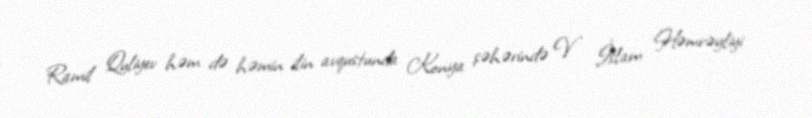
Ramil Quliyev həm də həmin ilin avqustunda Konya şəhərində V İslam Həmrəyliyi